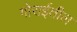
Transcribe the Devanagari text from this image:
गोराईतील